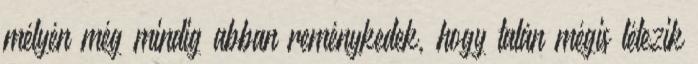
mélyén még mindig abban reménykedek, hogy talán mégis létezik